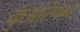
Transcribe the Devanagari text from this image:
कुंआरेपन